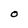
Character: o